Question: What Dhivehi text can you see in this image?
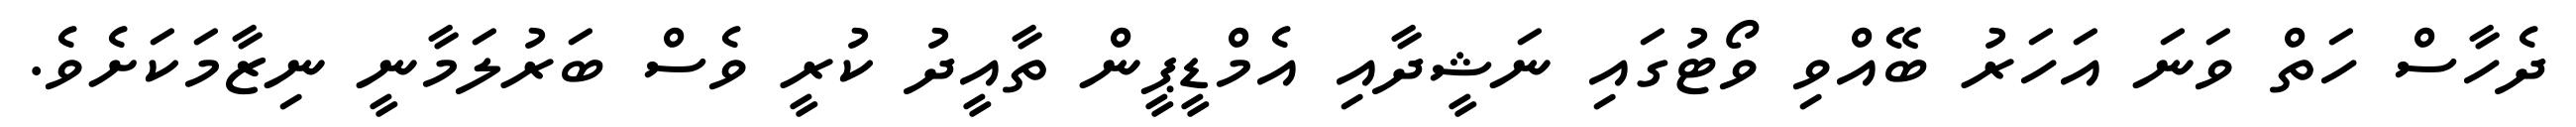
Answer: ދެހާސް ހަތް ވަނަ އަހަރު ބޭއްވި ވޯޓުގައި ނަޝީދާއި އެމްޑީޕީން ތާއީދު ކުރީ ވެސް ބަރުލަމާނީ ނިޒާމަކަށެވެ.